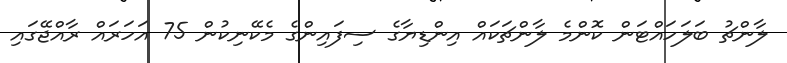
ލާންޗު ބަލަހައްޓަން ކޮންމެ ލާންޗަކައް އިންޑިޔާގެ ސިފައިންގެ މެކޭނިކުން 75 އަހަރައް ރާއްޖޭގައި